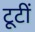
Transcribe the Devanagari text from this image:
टूटीं